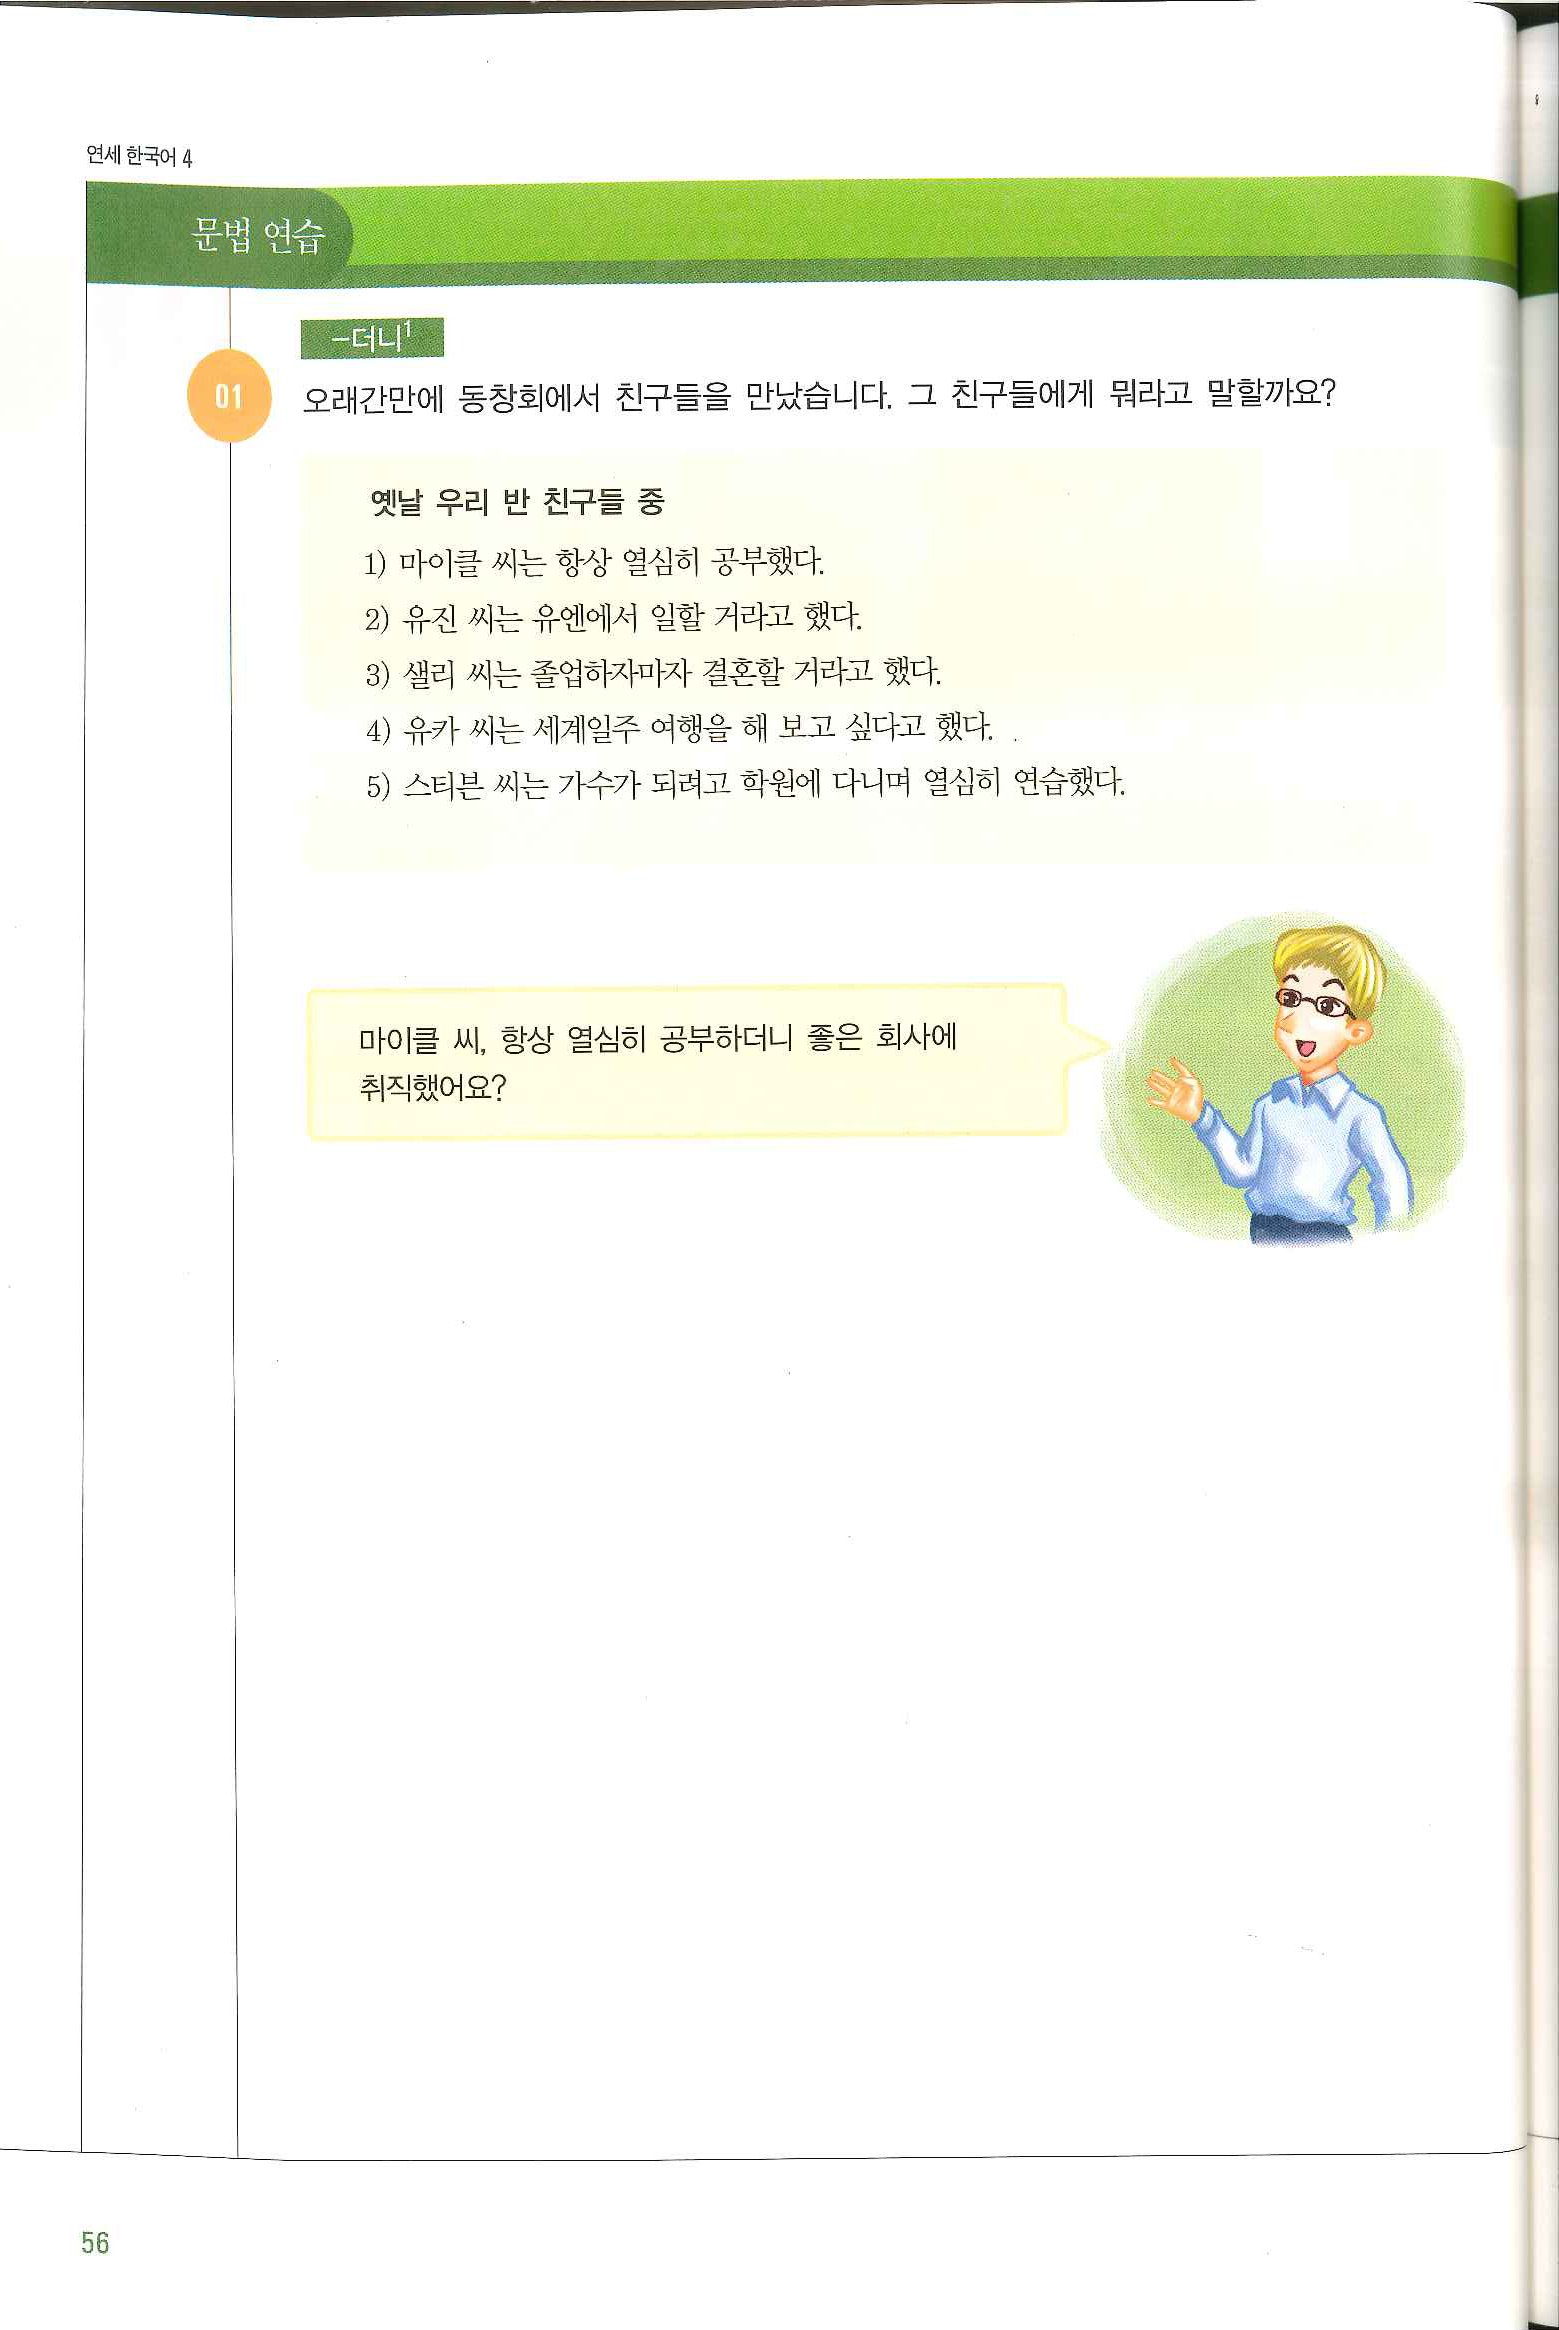
Language: ko